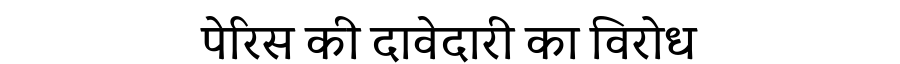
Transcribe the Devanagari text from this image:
पेरिस की दावेदारी का विरोध